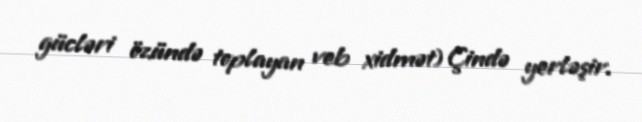
gücləri özündə toplayan veb xidmət) Çində yerləşir.